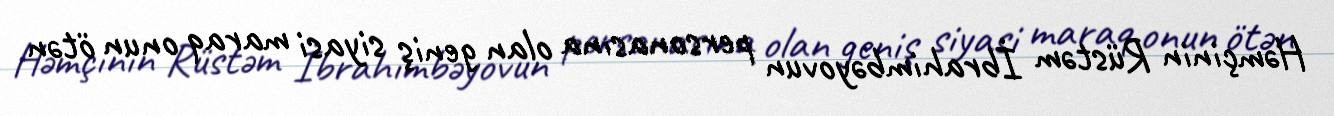
Həmçinin Rüstəm İbrahimbəyovun personasına olan geniş siyasi maraq onun ötən